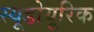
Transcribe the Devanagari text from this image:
स्यूडोयूरिक